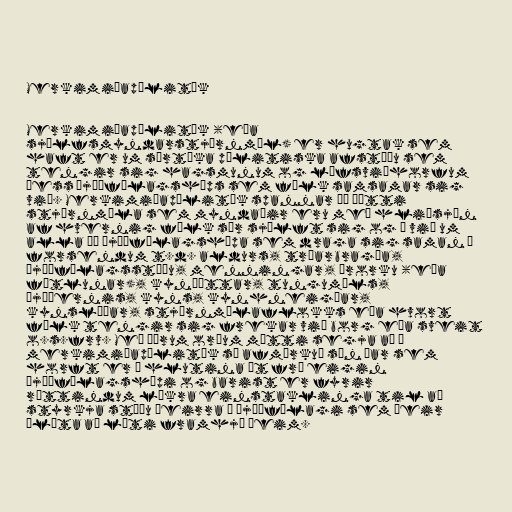
Merkimiðapólitík

Merkimiðapólitík (eða
sjálfsmyndarstjórnmál) er hugtak sem
haft er um sértæka pólitiska afstöðu sem
tengir sig hagsmunum og lífsviðhorfum
þess þjóðfélagshóps sem fólk samsamar sig
við. Merkimiðapólitík spannar þá þætti
stjórnmála sem myndaðir eru með hliðsjón
af hvernig fólk sér sjálft sig og á við um
alla þá þjóðfélagshópa sem draga sig saman á
forsendum t.d. aldurs, trúarbragða,
þjóðfélagsstöðu, menningar, örorku (eða
fötlunar), kynþáttar, tungumáls,
þjóðernis, kyns, kynhneigðar,
kynslóðar, stjórnmálaflokks eða hvort
fólk tengir sig frekar við borg eða sveit
o.s.frv. Með öðrum orðum mætti segja að í
merkimiðapólitík sé afmörkuð sýn þar sem
horft er á hlutina út frá eigin
þjóðfélagshópi og barist er fyrir
réttindum líkra einstaklinga til að
styrkja stöðu þeirra í þjóðfélagi sem þeir
álíta að líti framhjá þeim.